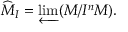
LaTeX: { \widehat { M } } _ { I } = \varprojlim ( M / I ^ { n } M ) .